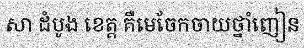
សា ដំបូង ខេត្ត គឺមេចែកចាយថ្នាំញៀន